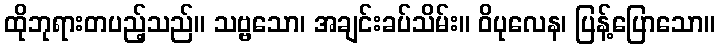
ထိုဘုရားတပည့်သည်။ သဗ္ဗသော၊ အချင်းခပ်သိမ်း။ ဝိပုလေန၊ ပြန့်ပြောသော။